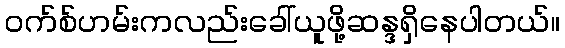
ဝက်စ်ဟမ်းကလည်းခေါ်ယူဖို့ဆန္ဒရှိနေပါတယ်။